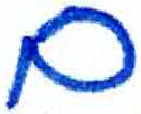
אות: ם